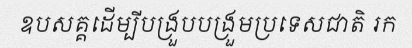
ឧបសគ្គដើម្បីបង្រួបបង្រួមប្រទេសជាតិ រក